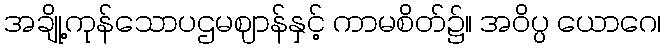
အချို့ကုန်သောပဌမဈာန်နှင့် ကာမစိတ်၌။ အဝိပ္ပ ယောဂေ၊